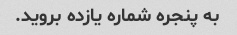
به پنجره شماره یازده بروید.